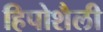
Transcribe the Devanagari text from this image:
हिपोशैली